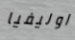
اوليفيا